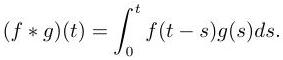
\[
(f * g)(t)=\int_{0}^{t} f(t - s)g(s)ds.
\]